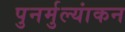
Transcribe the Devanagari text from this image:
पुनर्मुल्यांकन